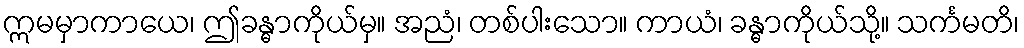
ဣမမှာကာယေ၊ ဤခန္ဓာကိုယ်မှ။ အညံ၊ တစ်ပါးသော။ ကာယံ၊ ခန္ဓာကိုယ်သို့။ သင်္ကမတိ၊